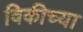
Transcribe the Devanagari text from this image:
विकीच्या